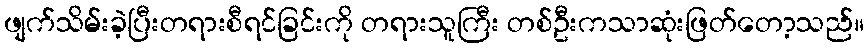
ဖျက်သိမ်းခဲ့ပြီးတရားစီရင်ခြင်းကို တရားသူကြီး တစ်ဦးကသာဆုံးဖြတ်တော့သည်။